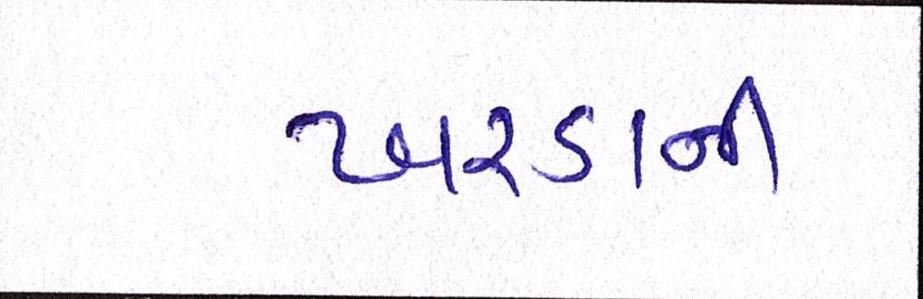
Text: ખરડાની